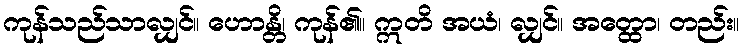
ကုန်သည်သာလျှင်။ ဟောန္တိ၊ ကုန်၏။ ဣတိ အယံ၊ လျှင်။ အတ္ထော၊ တည်း။